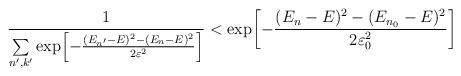
LaTeX: \begin{align*}{ 1 \over \sum\limits_{n',k'} \exp\!\left[ { -{(E_{n'} -E)^2 - (E_n -E)^2 \over 2 \varepsilon^2} }\right] } < \exp\!\left[ {-{(E_{n} -E)^2 - (E_{n_0} -E)^2 \over 2 \varepsilon_0^2}}\right]\end{align*}